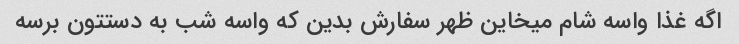
اگه غذا واسه شام میخاین ظهر سفارش بدین که واسه شب به دستتون برسه